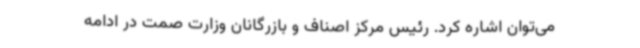
می‌توان اشاره کرد. رئیس مرکز اصناف و بازرگانان وزارت صمت در ادامه